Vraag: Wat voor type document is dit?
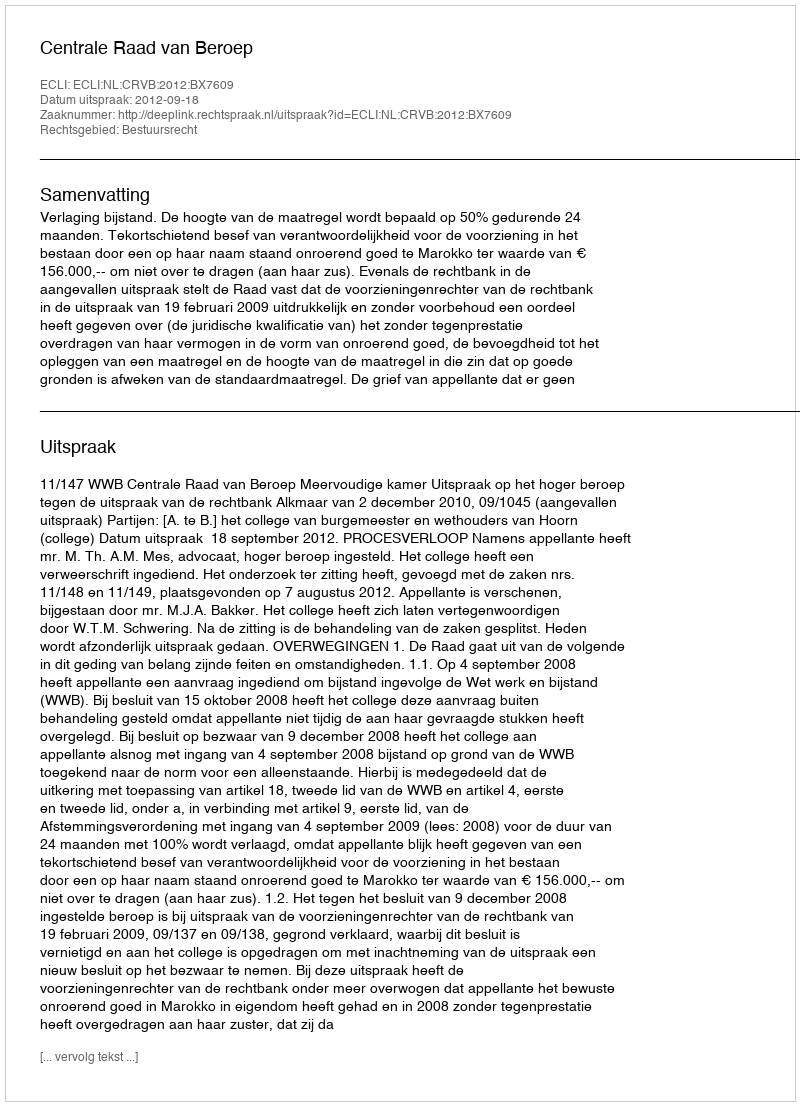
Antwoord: Uitspraak